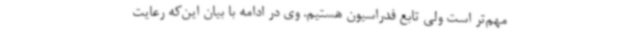
مهم‌تر است ولی تابع فدراسیون هستیم. وی در ادامه با بیان این‌که رعایت